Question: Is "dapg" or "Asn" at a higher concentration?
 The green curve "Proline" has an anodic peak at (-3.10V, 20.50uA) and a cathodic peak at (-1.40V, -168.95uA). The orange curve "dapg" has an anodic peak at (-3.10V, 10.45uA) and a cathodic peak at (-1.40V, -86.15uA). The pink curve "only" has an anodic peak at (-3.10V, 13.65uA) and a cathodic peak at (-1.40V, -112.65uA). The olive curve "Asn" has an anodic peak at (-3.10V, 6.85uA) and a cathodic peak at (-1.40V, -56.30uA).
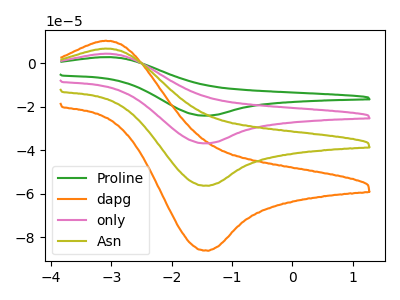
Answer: <think>All the peaks in "dapg" have a peak in "Asn" at the same potential. Every peak in "dapg" is higher than every peak in "Asn".
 </think>
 <answer>"dapg" has more signal than "Asn" and so likely has a higher concentration.</answer>
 <eval>more_concentration</eval>